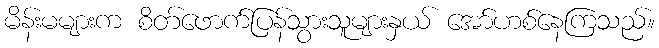
မိန်းမများက စိတ်ဖောက်ပြန်သွားသူများနှယ် အော်ဟစ်နေကြသည်။